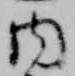
内